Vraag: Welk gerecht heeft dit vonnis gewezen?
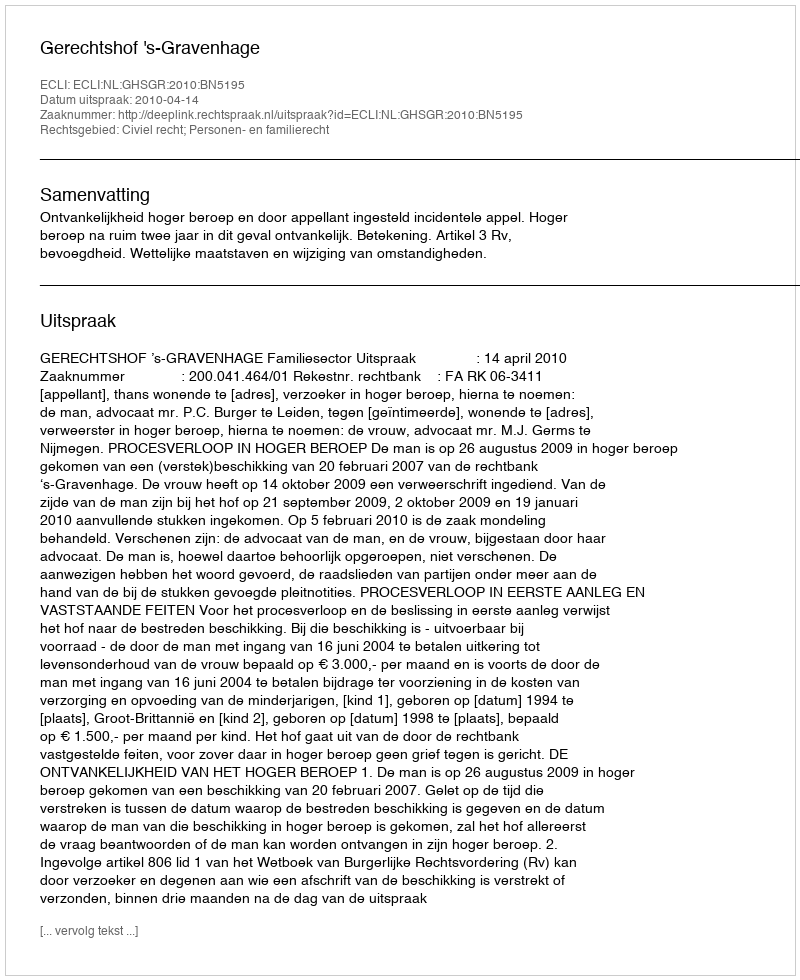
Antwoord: Gerechtshof 's-Gravenhage